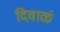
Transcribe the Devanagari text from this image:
दिवाळं